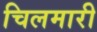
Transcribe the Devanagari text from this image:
चिलमारी